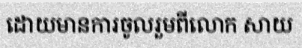
ដោយមានការចូលរួមពីលោក សាយ